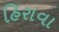
હિરાવા